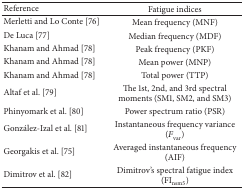
| Reference | Fatigue indices |
 | --- | --- |
 | Merletti and Lo Conte [76] | Mean frequency (MNF) |
 | De Luca [77] | Median frequency (MDF) |
 | Khanam and Ahmad [78] | Peak frequency (PKF) |
 | Khanam and Ahmad [78] | Mean power (MNP) |
 | Khanam and Ahmad [78] | Total power (TTP) |
 | Altaf et al. [79] | The 1st, 2nd, and 3rd spectral moments (SM1, SM2, and SM3) |
 | Phinyomark et al. [80] | Power spectrum ratio (PSR) |
 | González-Izal et al. [81] | Instantaneous frequency variance (Fvar) |
 | Georgakis et al. [75] | Averaged instantaneous frequency (AIF) |
 | Dimitrov et al. [82] | Dimitrov's spectral fatigue index (FInsm5) |